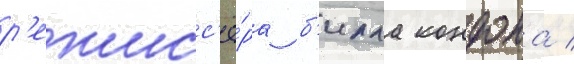
р'ежисс'ё́ра б'илла кондона /